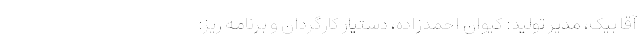
آقا بیک، مدیر تولید: کیوان احمدزاده، دستیار کارگردان و برنامه ریز: